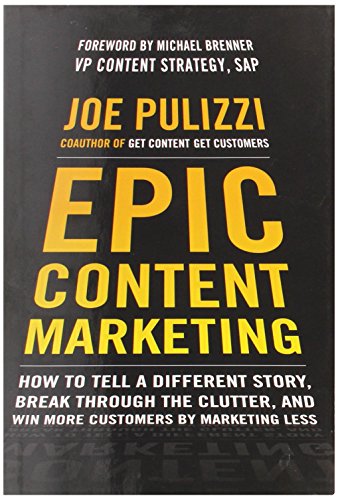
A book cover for Epic Content Marketing: How to Tell a Different Story, Break through the Clutter, and Win More Customers by Marketing Less; Joe Pulizzi; Computers & Technology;